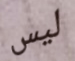
ليس